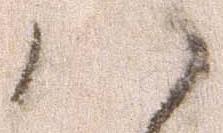
ハ